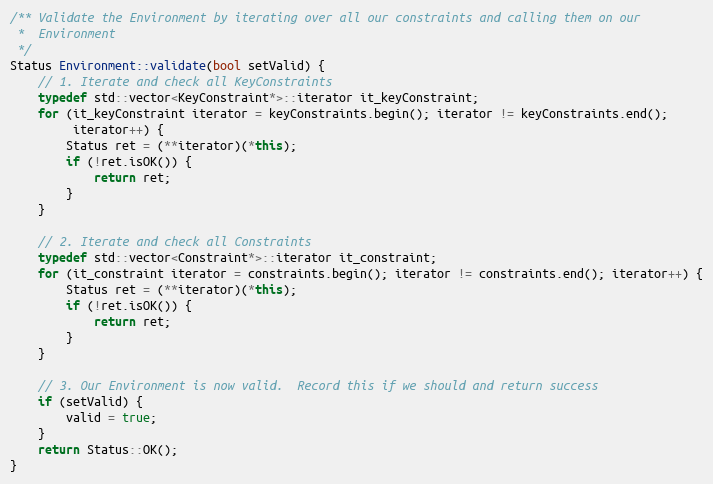
Language: C++
/** Validate the Environment by iterating over all our constraints and calling them on our
 *  Environment
 */
Status Environment::validate(bool setValid) {
    // 1. Iterate and check all KeyConstraints
    typedef std::vector<KeyConstraint*>::iterator it_keyConstraint;
    for (it_keyConstraint iterator = keyConstraints.begin(); iterator != keyConstraints.end();
         iterator++) {
        Status ret = (**iterator)(*this);
        if (!ret.isOK()) {
            return ret;
        }
    }

    // 2. Iterate and check all Constraints
    typedef std::vector<Constraint*>::iterator it_constraint;
    for (it_constraint iterator = constraints.begin(); iterator != constraints.end(); iterator++) {
        Status ret = (**iterator)(*this);
        if (!ret.isOK()) {
            return ret;
        }
    }

    // 3. Our Environment is now valid.  Record this if we should and return success
    if (setValid) {
        valid = true;
    }
    return Status::OK();
}